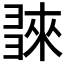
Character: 𢑬